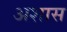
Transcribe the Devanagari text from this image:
अशास